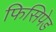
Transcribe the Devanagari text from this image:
फिसिपेड